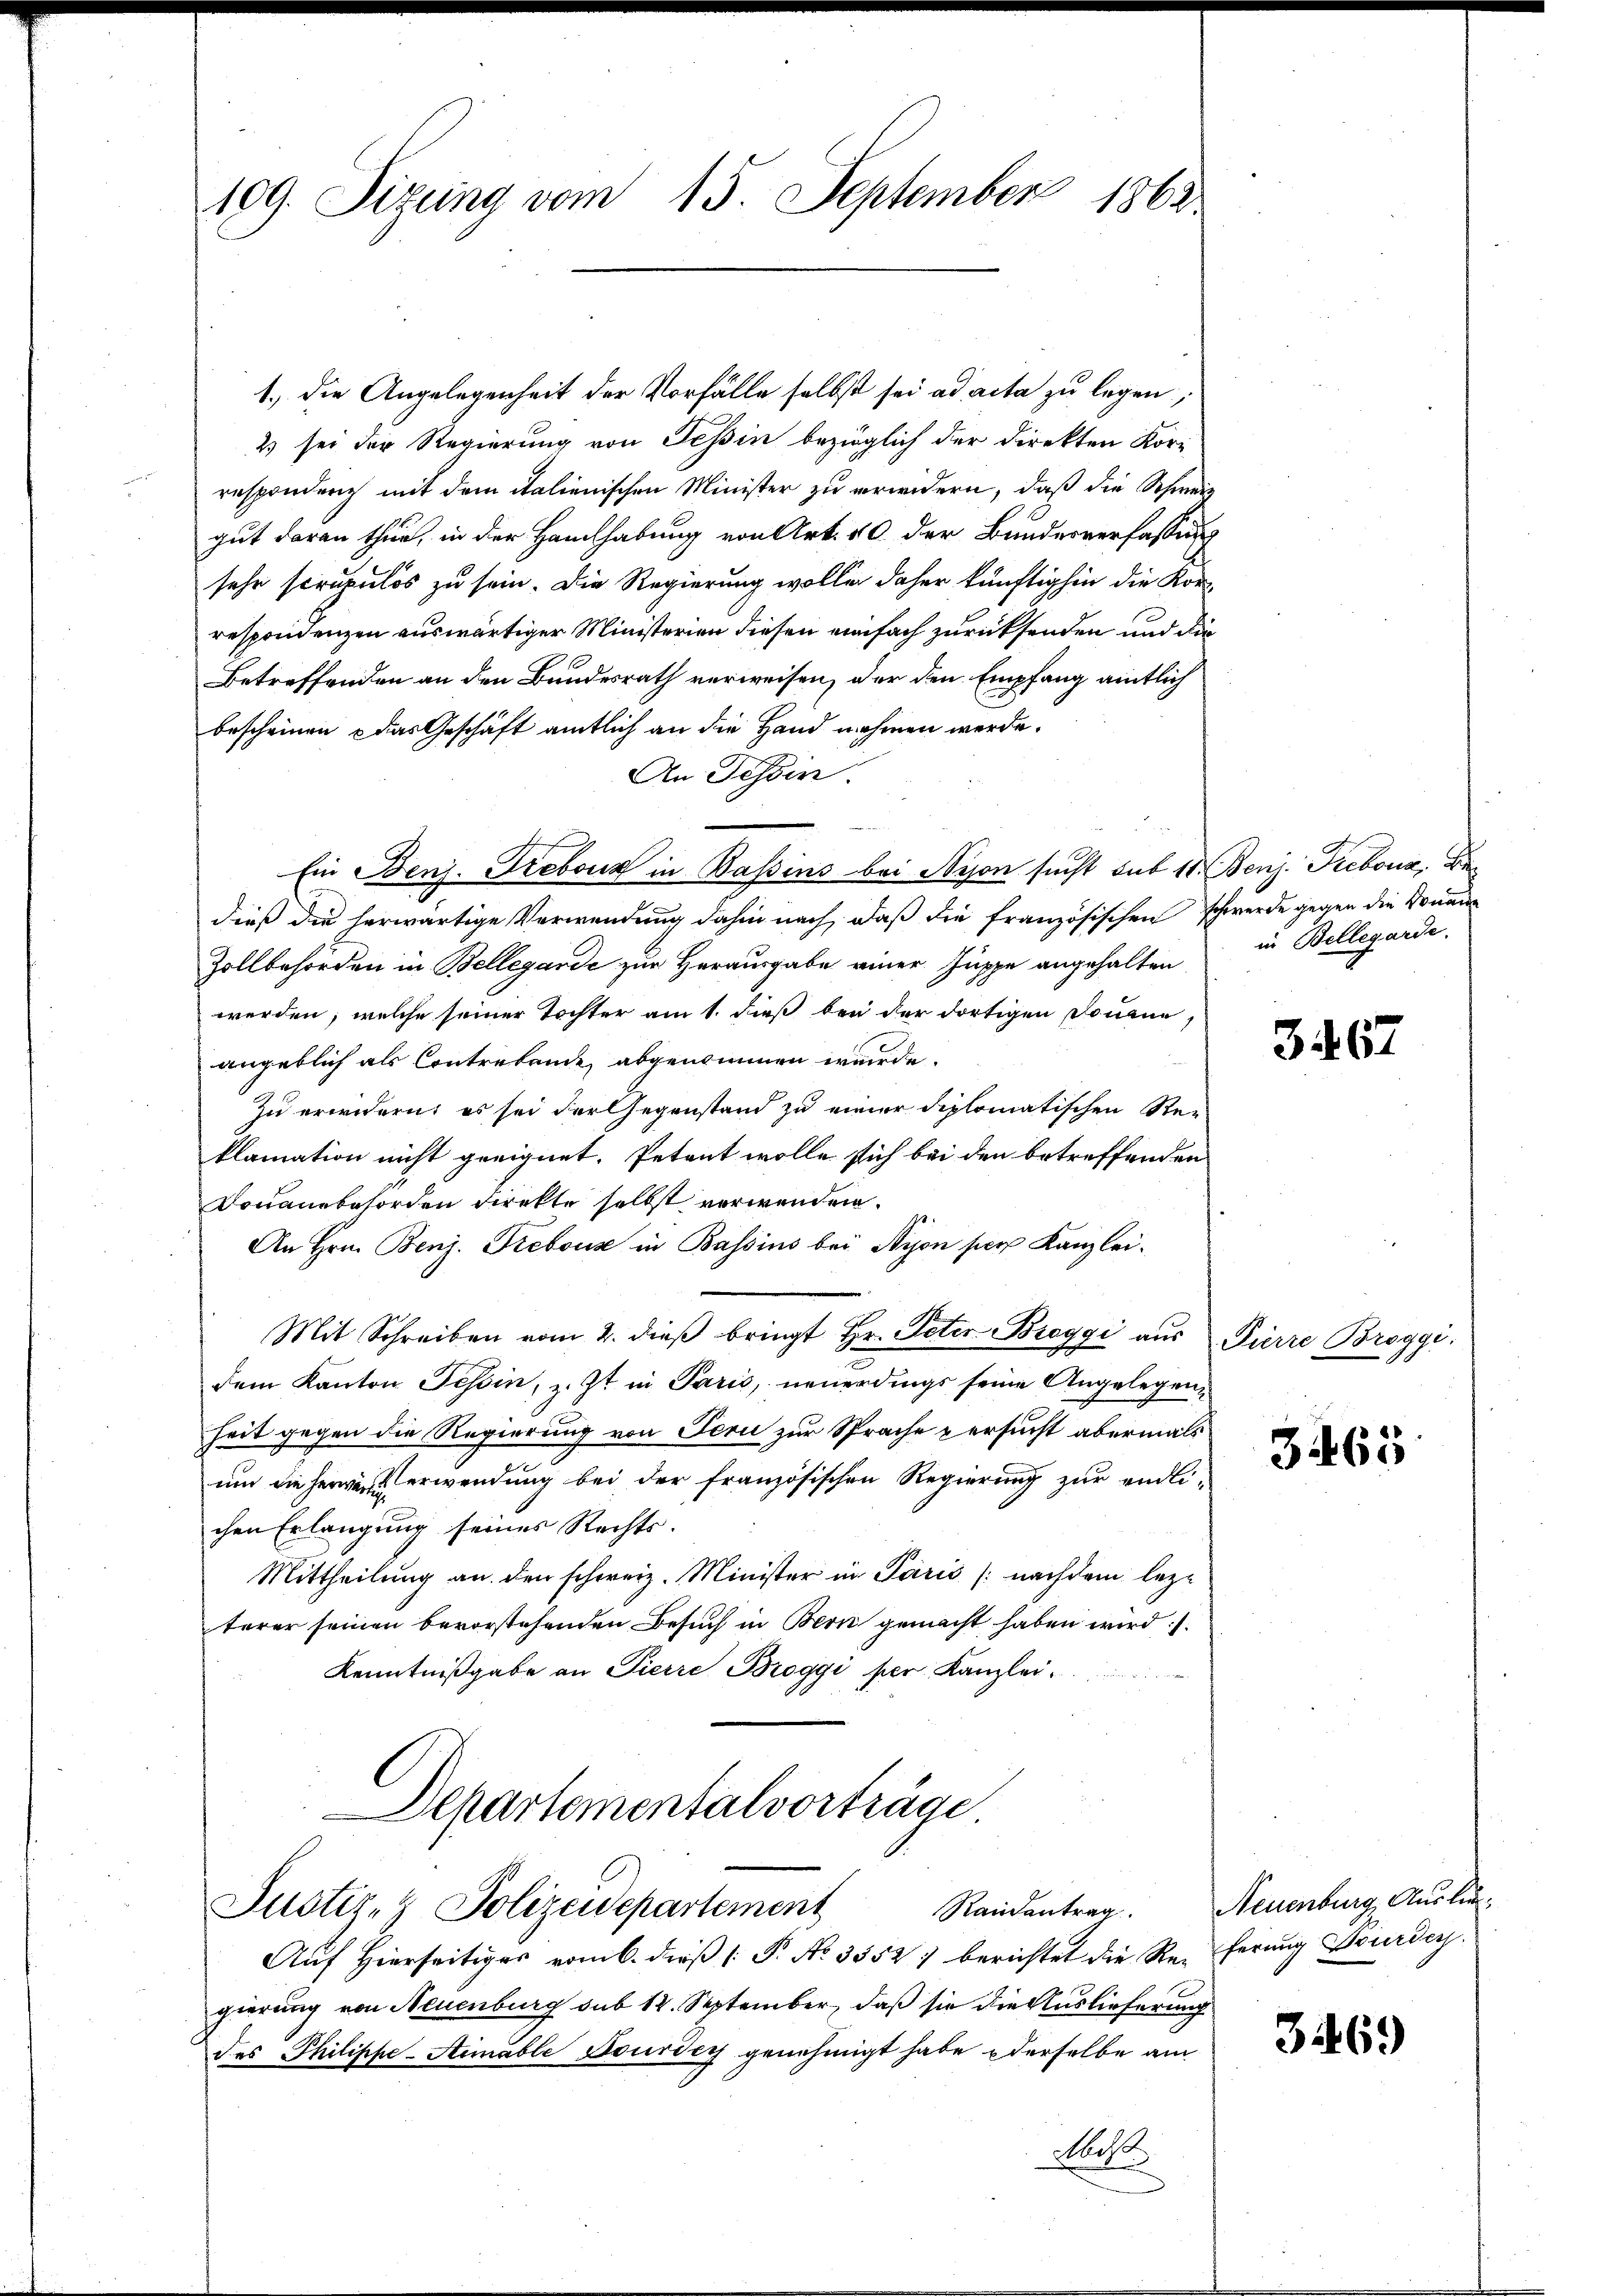
109. Sizung vom 15. September 1862

1.) Die Angelegenheit der Vorfälle selbst sei ad acta zu legen;
2 sei der Regierung von Tessin bezüglich der Direkten Korr
respondenz mit dem italienischen Minister zu erwidern, daß die Schweiz
gut daran thur, in der Handhabung von Art. 10 der Bundesverfassung
sehr scrupulös zu sein. Die Regierung wolle daher künftighin die Korrespondenzen auswärtiger Ministerien diesen einfach zurücksenden und die
Betreffenden an den Bundesrath verweisen, der den Empfang amtlich
bescheinen & das Geschäft amtlich an die Hand nehmen werde.
An Tessin.
Ein Benj. Frebour in Bassins bei Nyon sucht sub 11. Benj. Tiebour, Be
dieß die herwärtige Verwendung dahin nach, daß die französischen schwerde gegen die Donau
Zollbehörden in Bellegande zur Herausgabe einer Suppe angehalten
werden, welche seiner Tochter am 1. dieß bei der dortigen Donaue
angeblich als Contretende abgenommen wurde.
Zu erwidern, es sei derlegenstand zu einer diplomatischen Reklamation nicht geeignet. Petent wolle sich bei den betreffenden
Douanzbehörden direkte selbst verwenden.
An Hrn. Benj. Frebous in Bassins bei Nyon per Kanzlei.
Mit Schreiben vom 2. dieβ bringt Hr. Peter Breggi aus Pierre Broggi
dem Kanton Tessin, z. Zt. in Paris, neuerdings seine Angelegenheit gegen die Regierung von Teri zur Sprache versucht abermals
und die Herrent erwendung bei der französischen Regierung zur endli-
chen Erlangung seines Rechts¬
Mittheilung an den schweiz. Minister in Paris (nachdem lezt
terer seinen bevorstehenden Besuch in Bern gemacht haben wird.
Kenntnißgabe an Pierre Broggi per Kanzlei
Departementalvorträge

Justiz- & Polizeidepartement

Aŭf Hierseitiges vom 6. dieβ (: P. No. 3552) berichtet die Referung Feuerden.
gierung von Neuenburg sub 14. September, daß sie die Auslieferung
des Philippe-Simable Fourdcy genehmigt habe derselbe am
Nacht.
x

in Bellegarde.

3467

3465

Randantrag. Neuenburg, Ausle¬

31469)